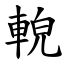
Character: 䡚